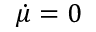
\dot { \mu } = 0